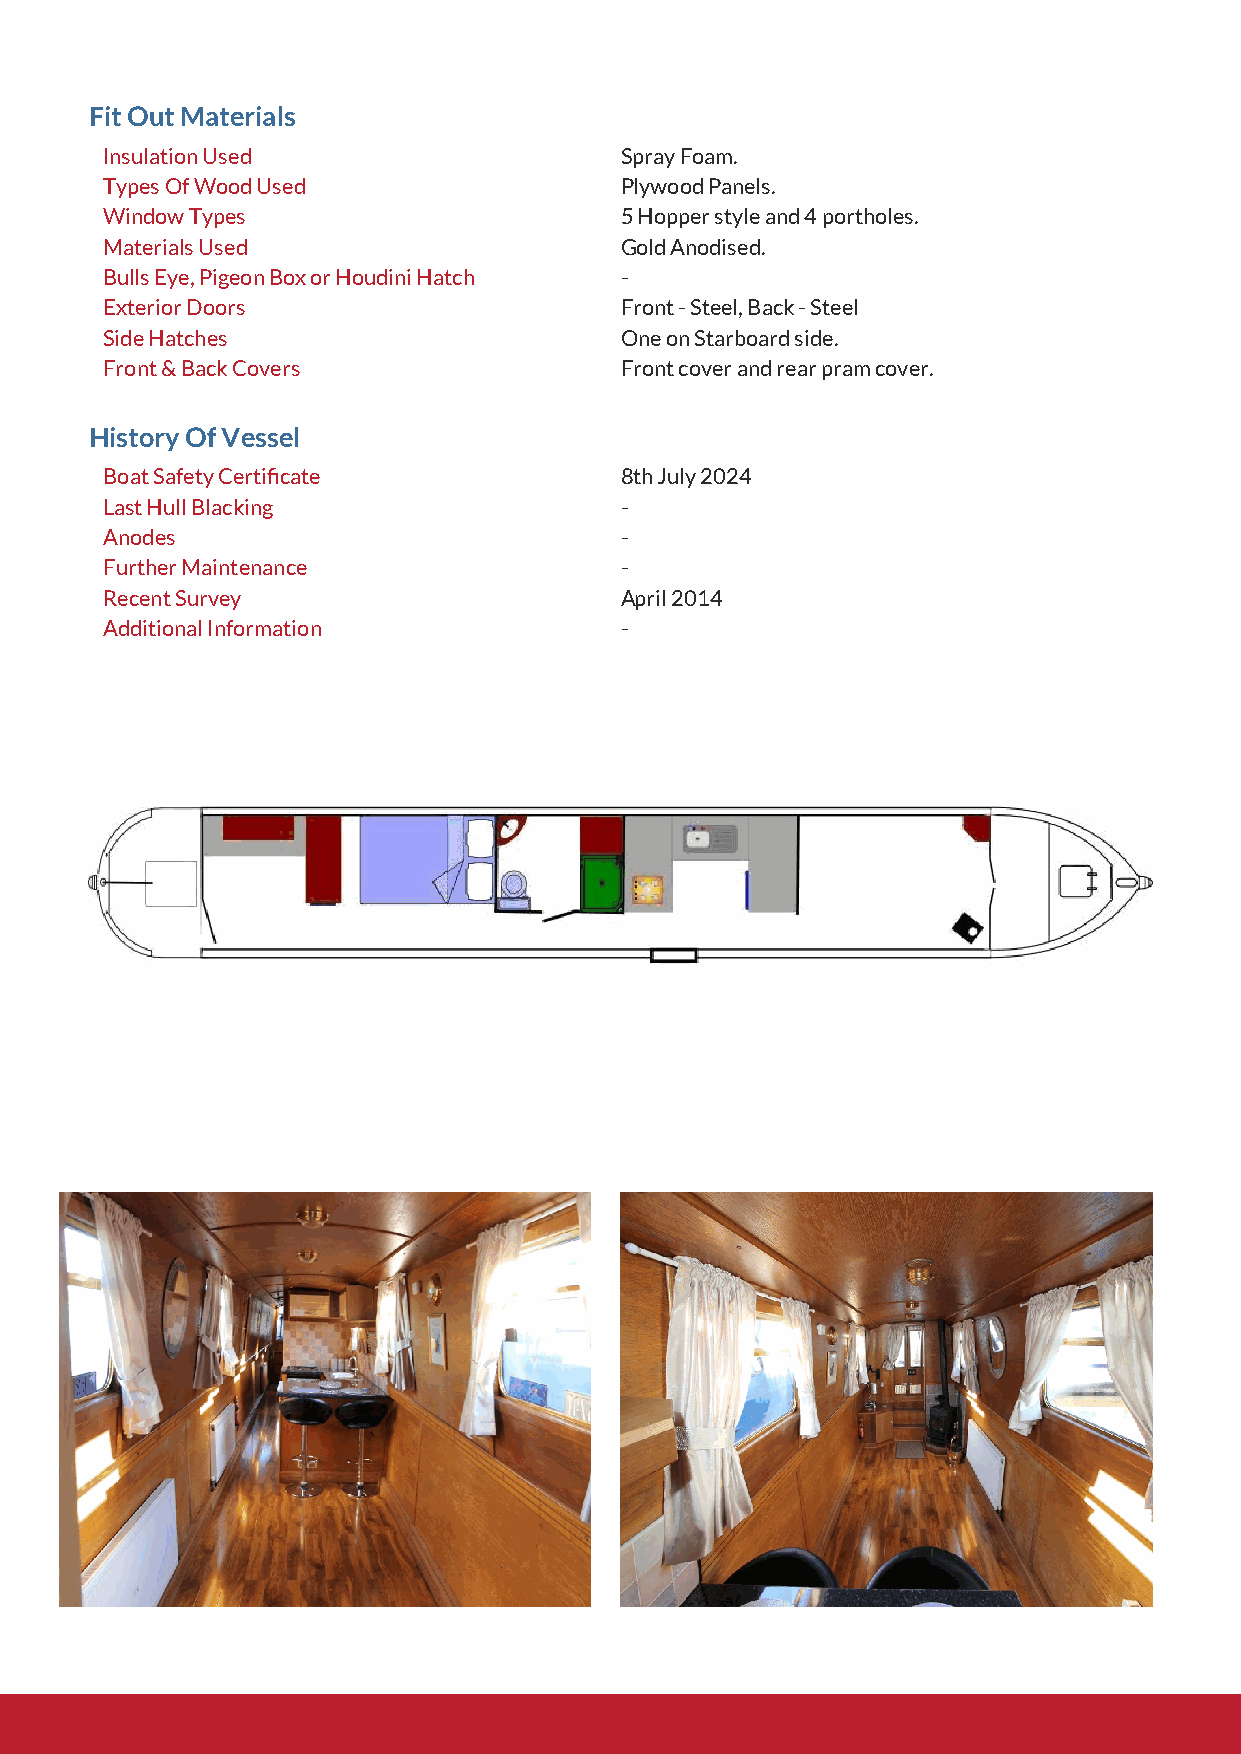
Fit Out Materials
 Insulation Used                   Spray Foam.
 Types Of Wood Used                Plywood Panels.
 Window Types                      5 Hopper style and 4 portholes.
 Materials Used                    Gold Anodised.
 Bulls Eye, Pigeon Box or Houdini Hatch -
 Exterior Doors                    Front - Steel, Back - Steel
 Side Hatches                      One on Starboard side.
 Front & Back Covers               Front cover and rear pram cover.
 History Of Vessel
 Boat Safety Certicate            8th July 2024
 Last Hull Blacking                -
 Anodes                            -
 Further Maintenance               -
 Recent Survey                     April 2014
 Additional Information            -